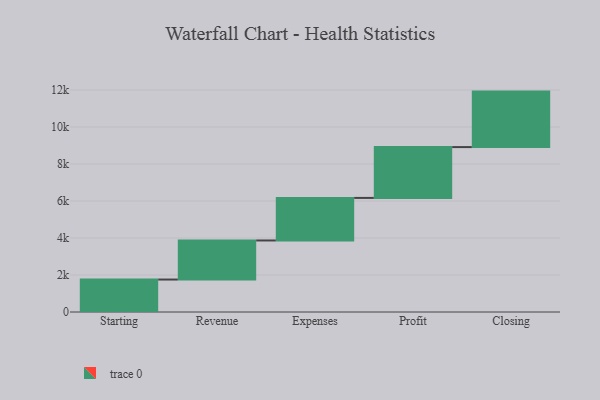
{"axis": {"x": "Step", "y": "Value"}, "legend": [""], "data": [{"x": "Starting", "y": 1755.0, "type": ""}, {"x": "Revenue", "y": 2112.0, "type": ""}, {"x": "Expenses", "y": 2301.0, "type": ""}, {"x": "Profit", "y": 2747.0, "type": ""}, {"x": "Closing", "y": 3000, "type": ""}]}